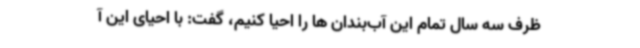
ظرف سه سال تمام این آب‌بندان ها را احیا کنیم، گفت: با احیای این آ